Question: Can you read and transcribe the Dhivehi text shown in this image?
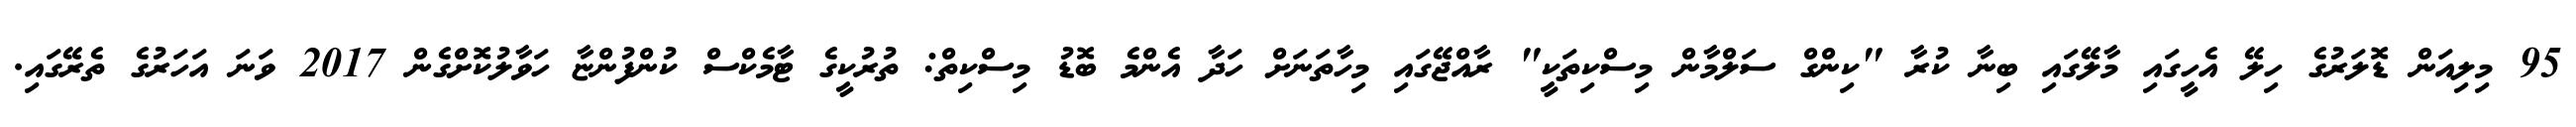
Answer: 95 މިލިއަން ޑޮލަރުގެ ހިލޭ އެހީގައި މާލޭގައި ބިނާ ކުރާ "ކިންގް ސަލްމާން މިސްކިތަކީ" ރާއްޖޭގައި މިހާތަނަށް ހަދާ އެންމެ ބޮޑު މިސްކިތް: ތުރުކީގެ ޓާމެކްސް ކުންފުންޏާ ހަވާލުކޮށްގެން 2017 ވަނަ އަހަރުގެ ތެރޭގައި.